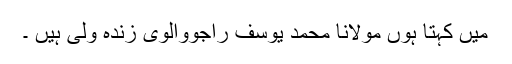
میں کہتا ہوں مولانا محمد یوسف راجووالوی زندہ ولی ہیں ۔